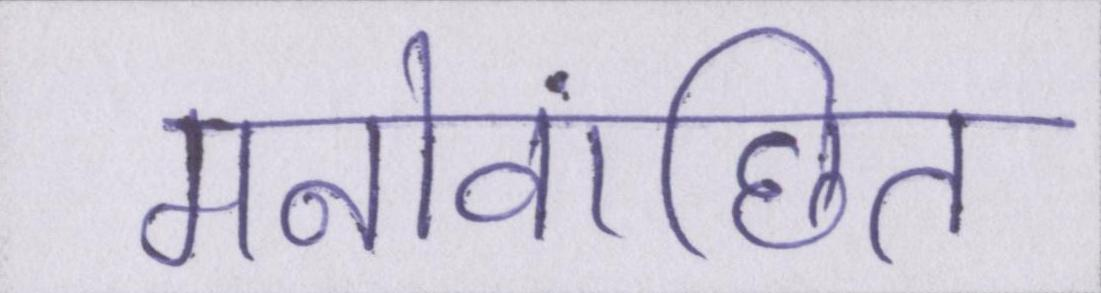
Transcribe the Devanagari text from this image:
मनोवांछित